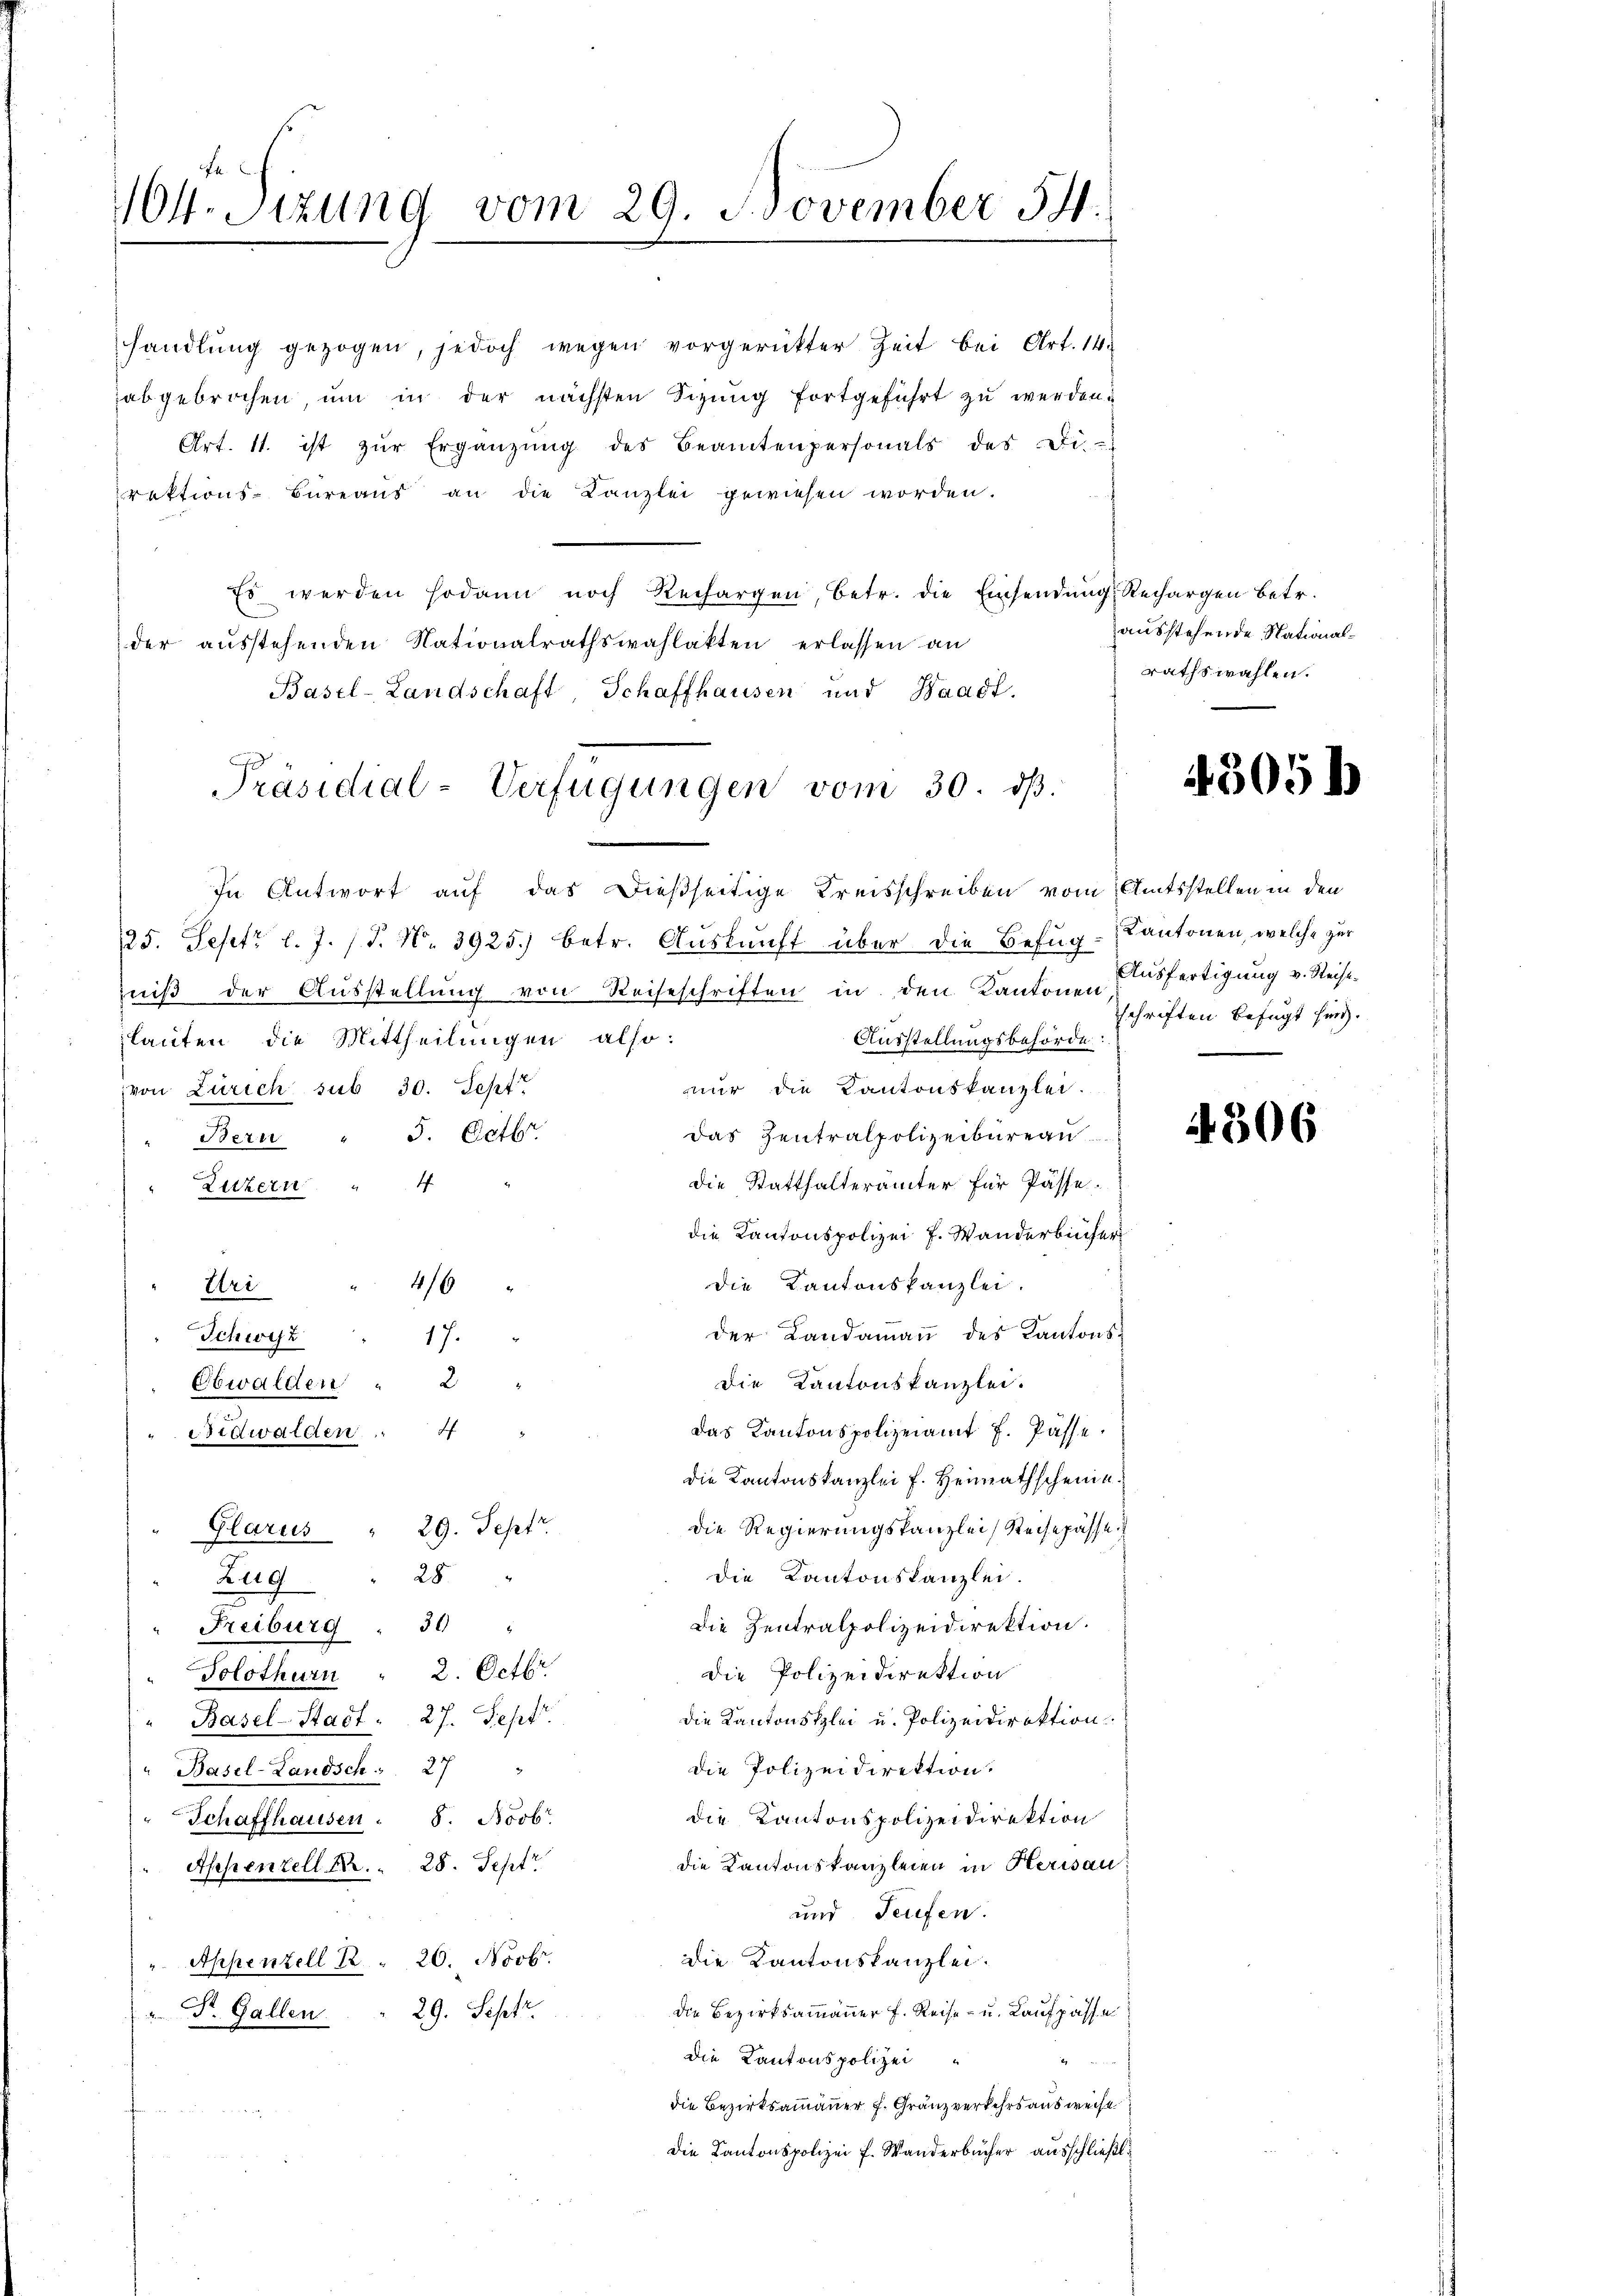
164. Sizung vom 29. November 54.

handlŭng gezogen, jedoch wegen vorgerückter Zeit bei Art. 14.
abgebrochen, um in der nächsten Sizung fortgeführt zu werden.
Art. 11. ist zŭr Ergänzŭng des Beamtenpersonals des Di-

rektions-Büreaus an die Kanzlei gewiesen worden.
Es werden sodann noch Rechargen, betr. die Einsendŭng Rechargen betr.
der ausstehenden Nationalrathswahlakten erlassen an
Basel-Landschaft, Schaffhausen und Waadt.
In Antwort auf das dießseitige Kreisschreiben vom Amtsstellen in den
25. Septr l. J. J. No 3925.) betr. Auskunft über die Befug-Kantonen, welche zur
niß der Ausstellung von Reiseschriften in den Kantonen Ausfertigung v. Reiselauten die Mittheilungen also:
Ausstellungsbehörde
nur die Kantonskanzlei.
von Zürich sub 30. Sept.
das Zentralpolizeibureau
" Bern " 3. Pater.
die Statthalterämter für Pässe.
" Luzern. " 4
die Kantonspolizei J. Wanderbücher
Die Kantonskanzlei.
Uri " 416
der Landammann des Kantons-
Schwyz
17.
Die Kantonskanzlei.
2
Obwalden
das Kantonspolizeiamt H. Pässe.
4
.Nidwalden
die Kantonskanzlei f. Heimathscheine
Die Regierungskanzlei Steisepässe
" Glarus " 29. Sept.
die Kantonskanzlei.
28.
Zug
Die Zentralpolizeidirektion.
50
" Freiburg
2. Octbr.
Die Polizeidirektion
Solothurn
die Kantonsklei u. Polizeidirektion
Basel-Stadt . . 27. Sept.
die Polizeidirektion.
Basel-Landsch   27
die Kantonspolizeidirektion
Schaffhausen 8. Novbr.
die Kantonskanzleien in Herisau
Appenzell Kr. 28. Sept.
und Teufen.
Die Kantonskanzlei.
" Appenzell R " 20. Novbr.
Die Bezirksammanner h. Reise- u. Kaufpasse
29. Sept.
" Dr. Gallen.
Die Kantonspolizei
2
die Bezirksammanner f. Gränzverkehrs ausweise
Die Kantonspolizei f. Wanderbücher ausschließt:

Präsidial-Verfügungen vom 30. dβ.

ausstehende Nationalrathswahlen.

4305

schriften befugt sind.

A 306